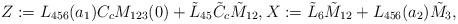
LaTeX: \begin{align*} Z := L_{456}(a_1) C_c M_{123}(0) + \tilde L_{45} \tilde C_c \tilde M_{12}, X := \tilde L_6 \tilde M_{12} + L_{456}(a_2) \tilde M_3,\end{align*}